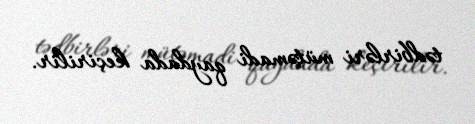
tədbirləri mütəmadi qaydada keçirilir.